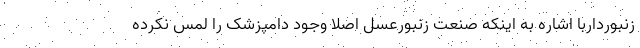
زنبورداربا اشاره به اینکه صنعت زنبورعسل اصلا وجود دامپزشک را لمس نکرده